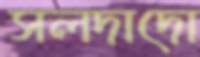
সলদাদো